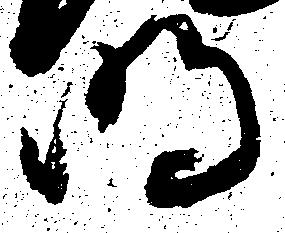
明